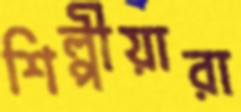
শিল্পীয়ারা